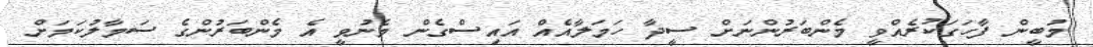
މުބީން ފާހަގަކުރެއްވީ މެންބަރުންނަށް ސީދާ ހަމަލާއެއް އައިސްގެން މެނުވީ އެ މެންބަރުންގެ ސަމާލުކަމަށް